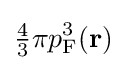
{\tfrac {4}{3}}\pi p_{\text{F}}^{3}(\mathbf {r} )